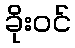
ခိုးဝင်